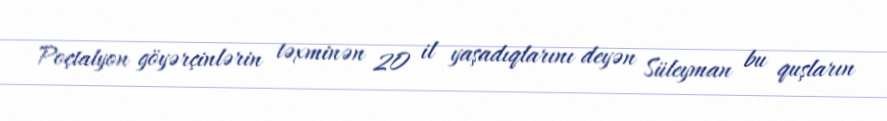
Poçtalyon göyərçinlərin təxminən 20 il yaşadıqlarını deyən Süleyman bu quşların